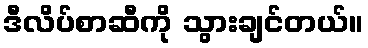
ဒီလိပ်စာဆီကို သွားချင်တယ်။